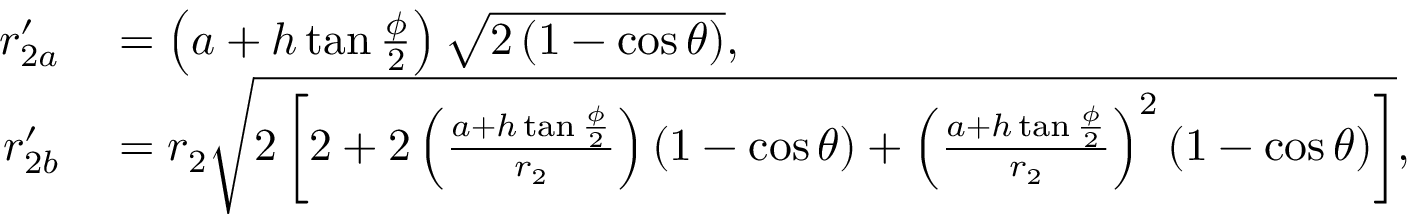
\begin{array} { r l } { r _ { 2 a } ^ { \prime } } & { { } = \left( a + h \tan { \frac { \phi } { 2 } } \right) \sqrt { 2 \left( 1 - \cos \theta \right) } , } \\ { r _ { 2 b } ^ { \prime } } & { { } = r _ { 2 } \sqrt { 2 \left[ 2 + 2 \left( \frac { a + h \tan { \frac { \phi } { 2 } } } { r _ { 2 } } \right) \left( 1 - \cos \theta \right) + \left( \frac { a + h \tan { \frac { \phi } { 2 } } } { r _ { 2 } } \right) ^ { 2 } \left( 1 - \cos \theta \right) \right] } , } \end{array}